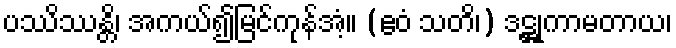
ပဿိဿန္တိ၊ အကယ်၍မြင်ကုန်အံ့။ (ဧဝံ သတိ၊) ဒဋ္ဌုကာမတာယ၊